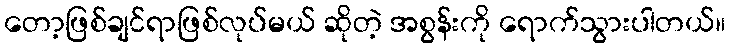
တော့ဖြစ်ချင်ရာဖြစ်လုပ်မယ် ဆိုတဲ့ အစွန်းကို ရောက်သွားပါတယ်။